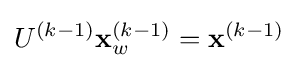
U^{(k-1)}\mathbf {x} _{w}^{(k-1)}=\mathbf {x} ^{(k-1)}